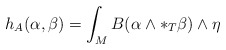
\begin{align*}h_A( \alpha , \beta ) = \int_M B( \alpha \wedge *_T \beta ) \wedge \eta\end{align*}